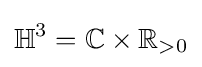
\mathbb {H} ^{3}=\mathbb {C} \times \mathbb {R} _{>0}